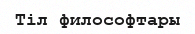
Тіл философтары